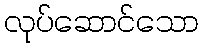
လုပ်ဆောင်သော